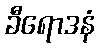
ခီရောဒနံ